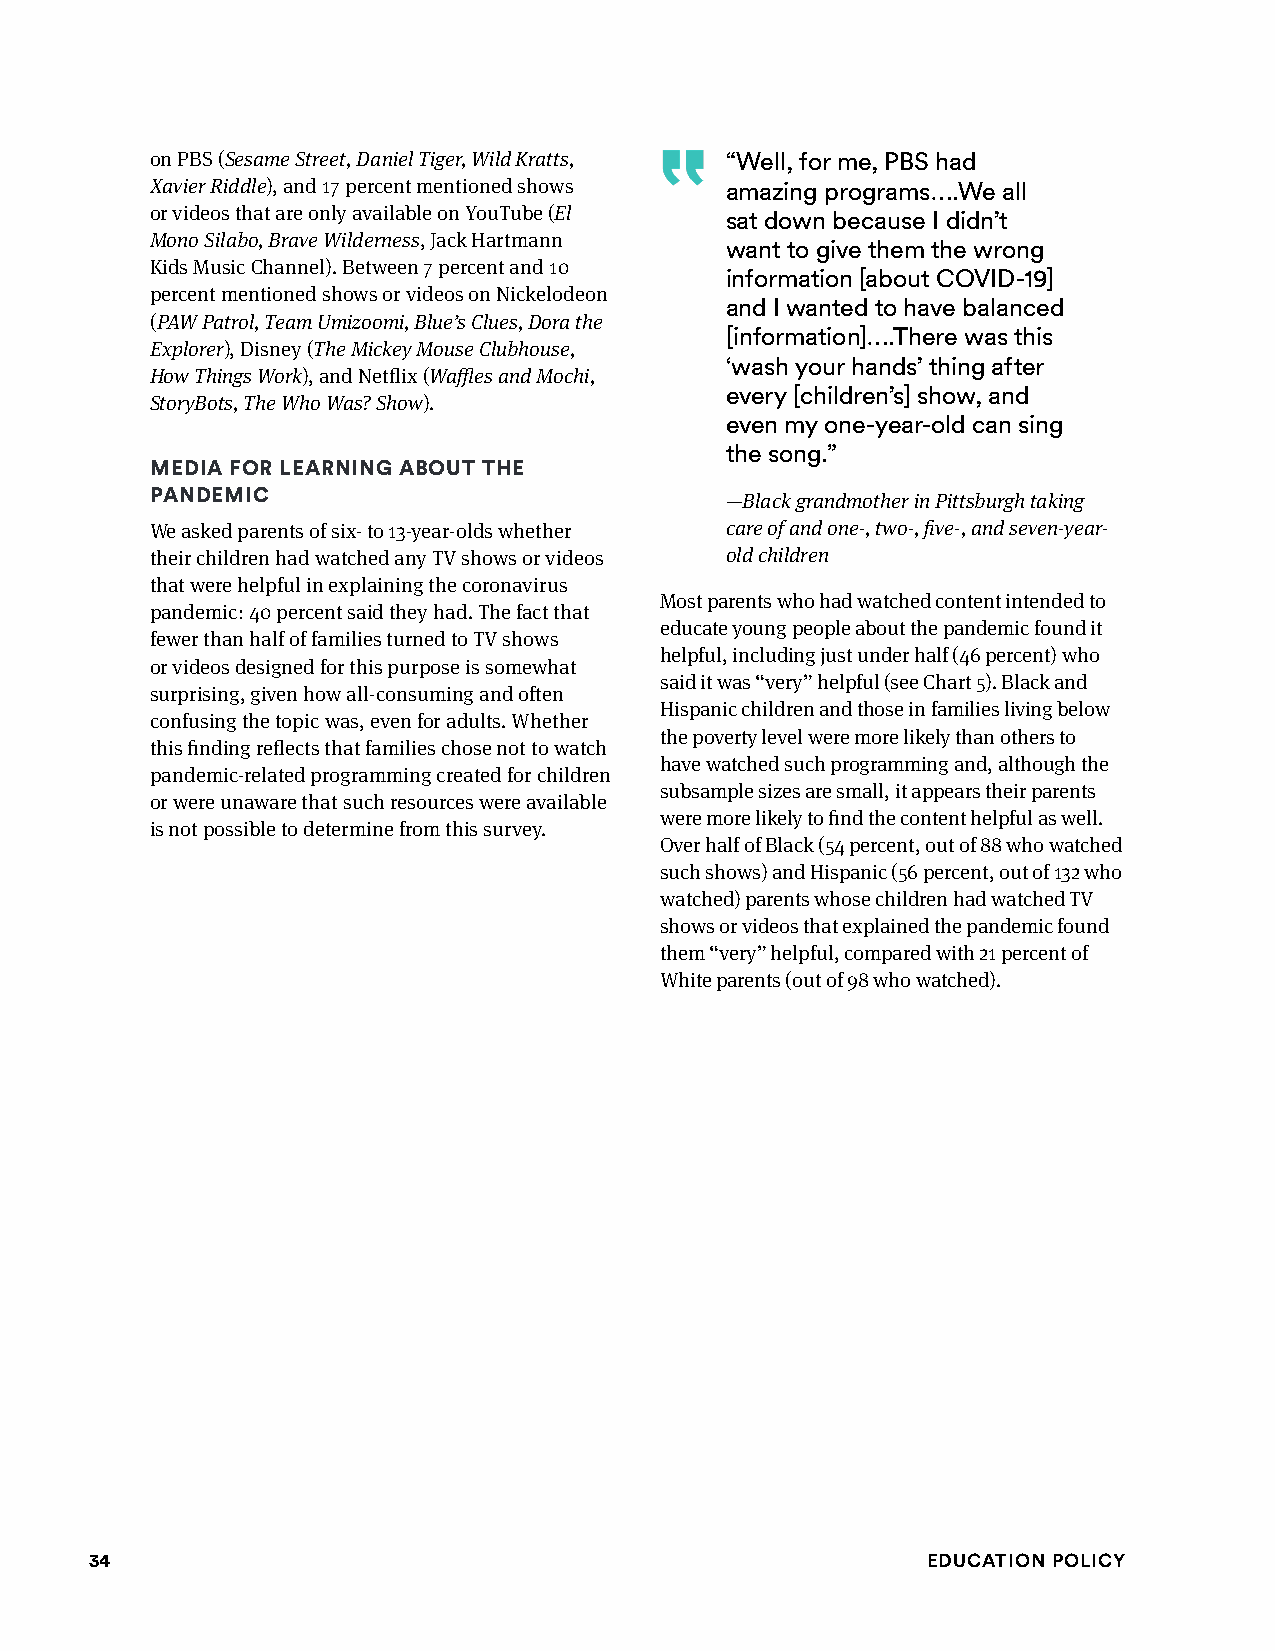
on PBS (Sesame Street, Daniel Tiger, Wild Kratts, “Well, for me, PBS had
 Xavier Riddle), and 17 percent mentioned shows amazing programs….We all
 or videos that are only available on YouTube (El sat down because I didn’t
 Mono Silabo, Brave Wilderness, Jack Hartmann
 want to give them the wrong
 Kids Music Channel). Between 7 percent and 10
 information [about COVID-19]
 percent mentioned shows or videos on Nickelodeon
 and I wanted to have balanced
 (PAW Patrol, Team Umizoomi, Blue’s Clues, Dora the
 [information]….There was this
 Explorer), Disney (The Mickey Mouse Clubhouse,
 ‘wash your hands’ thing after
 How Things Work), and Netflix (Waffles and Mochi,
 every [children’s] show, and
 StoryBots, The Who Was? Show).
 even my one-year-old can sing
 the song.”
 mEdiA fOR lEARning AbOuT ThE
 PAndEmiC
 —Black grandmother in Pittsburgh taking
 We asked parents of six- to 13-year-olds whether care of and one-, two-, five-, and seven-year-
 their children had watched any TV shows or videos old children
 that were helpful in explaining the coronavirus
 Most parents who had watched content intended to
 pandemic: 40 percent said they had. The fact that
 educate young people about the pandemic found it
 fewer than half of families turned to TV shows
 helpful, including just under half (46 percent) who
 or videos designed for this purpose is somewhat
 said it was “very” helpful (see Chart 5). Black and
 surprising, given how all-consuming and often
 Hispanic children and those in families living below
 confusing the topic was, even for adults. Whether
 the poverty level were more likely than others to
 this finding reflects that families chose not to watch
 have watched such programming and, although the
 pandemic-related programming created for children
 subsample sizes are small, it appears their parents
 or were unaware that such resources were available
 were more likely to find the content helpful as well.
 is not possible to determine from this survey.
 Over half of Black (54 percent, out of 88 who watched
 such shows) and Hispanic (56 percent, out of 132 who
 watched) parents whose children had watched TV
 shows or videos that explained the pandemic found
 them “very” helpful, compared with 21 percent of
 White parents (out of 98 who watched).
 34                                                     Education Policy